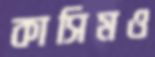
কাসিমও